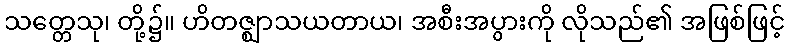
သတ္တေသု၊ တို့၌။ ဟိတဇ္ဈာသယတာယ၊ အစီးအပွားကို လိုသည်၏ အဖြစ်ဖြင့်